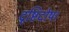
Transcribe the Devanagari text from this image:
दृष्टिदोष।